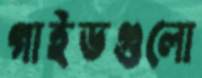
গাইডগুলো